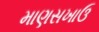
માણસખાઉ